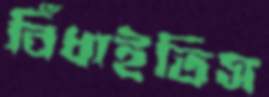
বিঁধাইতিস